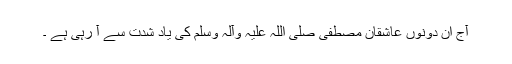
آج ان دونوں عاشقان مصطفی صلی اللہ علیہ وآلہ وسلم کی یاد شدت سے آ رہی ہے ۔